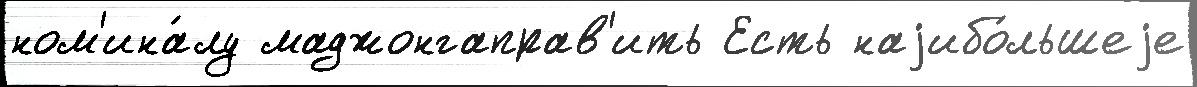
ном'ина́лу маджонгаправ'ить Есть наjибо́льшеjе